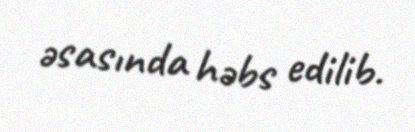
əsasında həbs edilib.